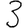
Digit: 3